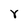
Character: Y